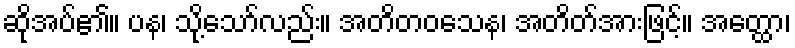
ဆိုအပ်၏။ ပန၊ သို့သော်လည်း။ အတိတဝသေန၊ အတိတ်အားဖြင့်။ အတ္ထော၊